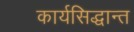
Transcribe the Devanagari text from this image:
कार्यसिद्धान्त